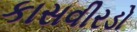
કાસવીરડો